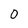
Character: 0